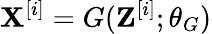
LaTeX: \mathbf{X}^{[i]}=G(\mathbf{Z}^{[i]};\theta_{G})